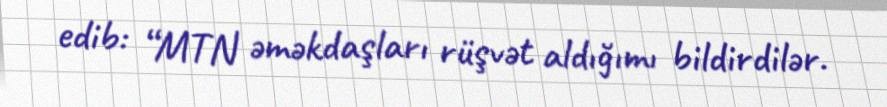
edib: “MTN əməkdaşları rüşvət aldığımı bildirdilər.